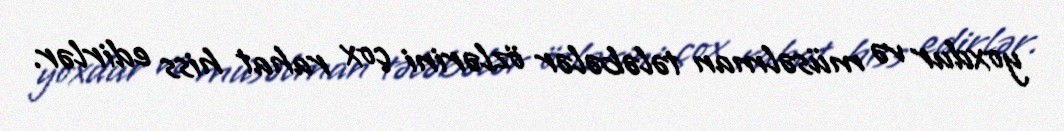
yoxdur və müsəlman tələbələr özlərini çox rahat hiss edirlər.